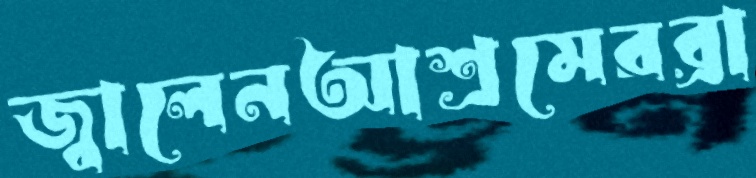
জ্বালেনআশ্রমেরব্রা